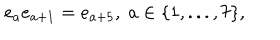
e _ { a } e _ { a + 1 } = e _ { a + 5 } , \; a \in \{ 1 , . . . , 7 \} ,